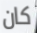
كان